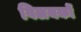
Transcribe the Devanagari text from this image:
विलयकों